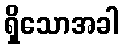
ရှိသောအခါ